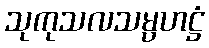
သုကုသလသမ္ပဟဋ္ဌံ